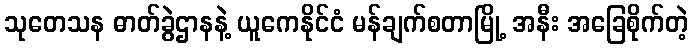
သုတေသန ဓာတ်ခွဲဌာနနဲ့ ယူကေနိုင်ငံ မန်ချက်စတာမြို့ အနီး အခြေစိုက်တဲ့